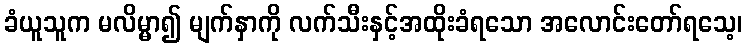
ခံယူသူက မလိမ္မာ၍ မျက်နှာကို လက်သီးနှင့်အထိုးခံရသော အလောင်းတော်ရသေ့၊